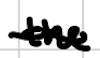
Text: the
Cross-out: wave
Writing tool: digital_black